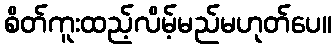
စိတ်ကူးထည့်လိမ့်မည်မဟုတ်ပေ။